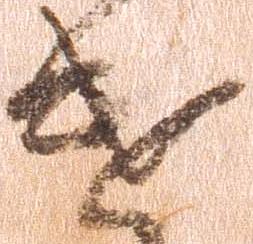
遣